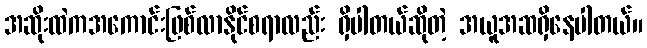
အဆိုးထဲကအကောင်းဖြစ်လာနိုင်စရာလည်း ရှိပါတယ်ဆိုတဲ့ အယူအဆရှိနေပါတယ်။